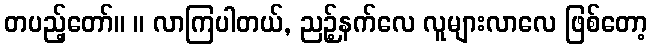
တပည့်တော်။ ။ လာကြပါတယ်, ညဉ့်နက်လေ လူများလာလေ ဖြစ်တော့